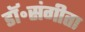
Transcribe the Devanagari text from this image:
डॉ॰संगीता